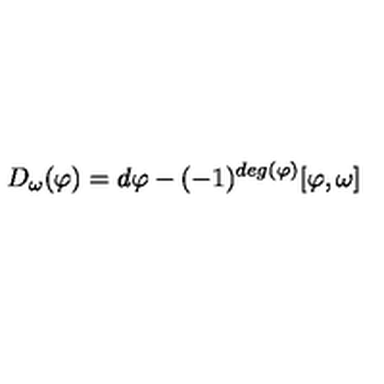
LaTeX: D _ { \omega } ( \varphi ) = d \varphi - ( - 1 ) ^ { d e g ( \varphi ) } [ \varphi , \omega ]